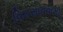
વિકસાવવામા